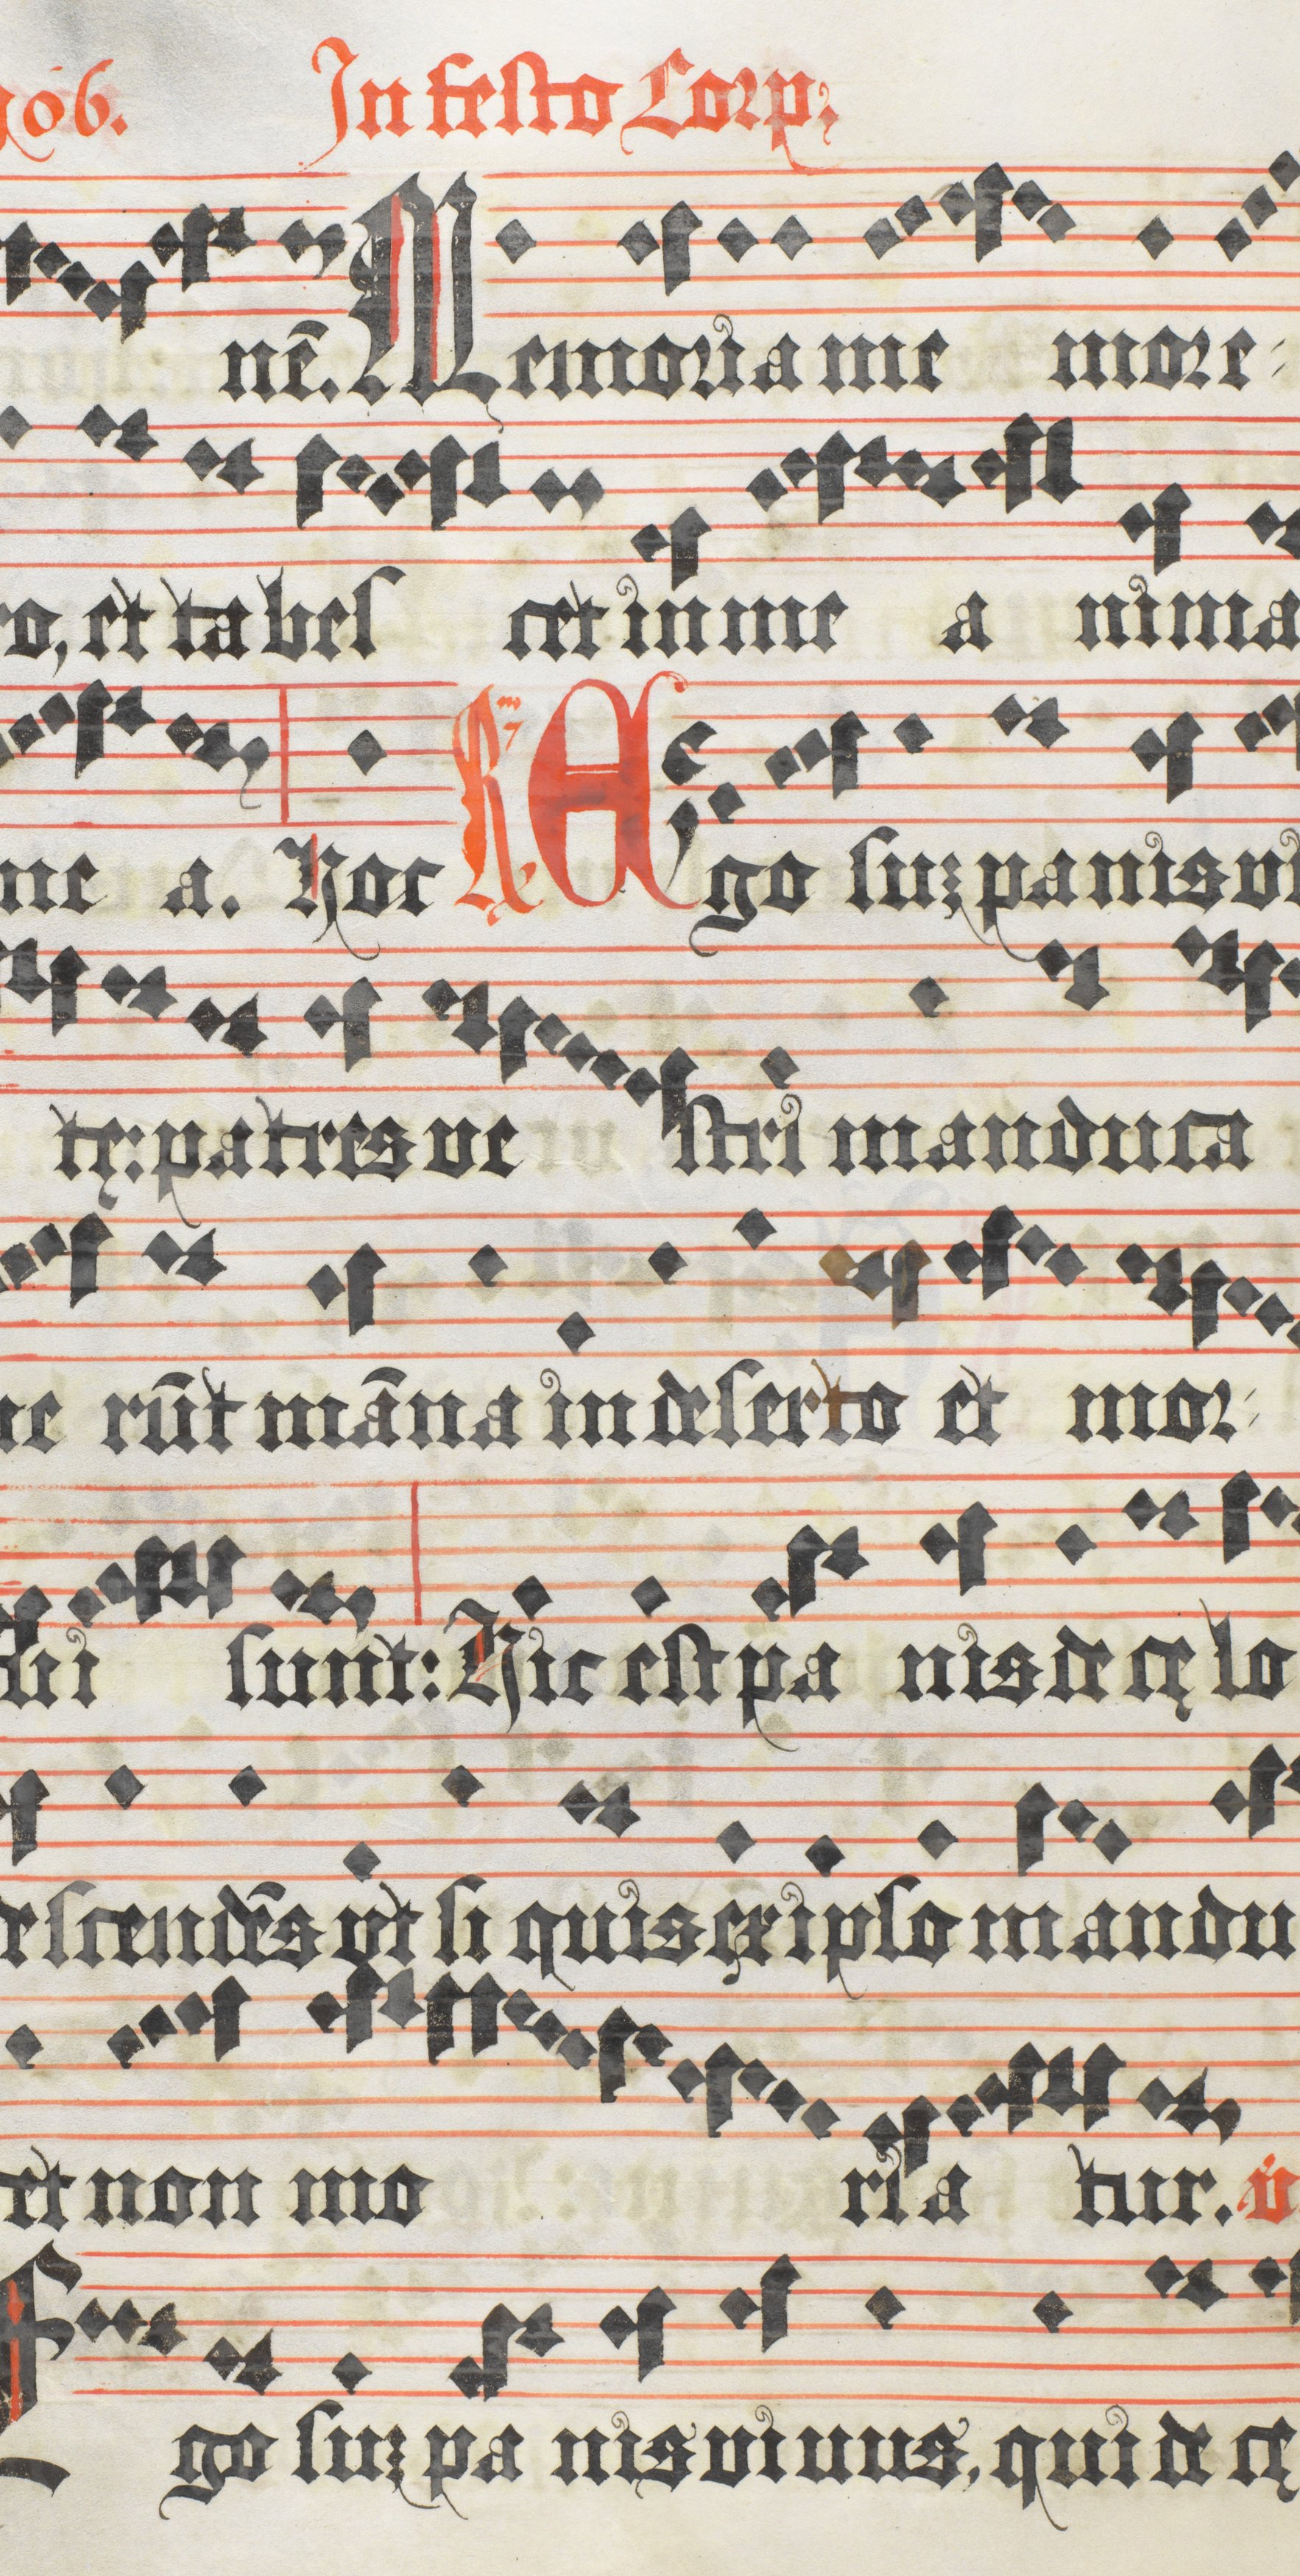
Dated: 1618–1618